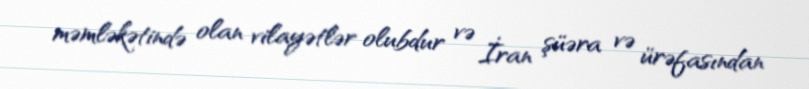
məmləkətində olan vilayətlər olubdur və İran şüəra və ürəfasından